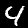
Digit: 4